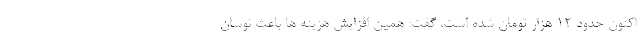
اکنون حدود ۱۲ هزار تومان شده است، گفت: همین افزایش هزینه ها باعث نوسان